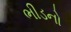
ભીડનો